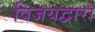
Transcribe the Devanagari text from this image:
विजयद्वारों